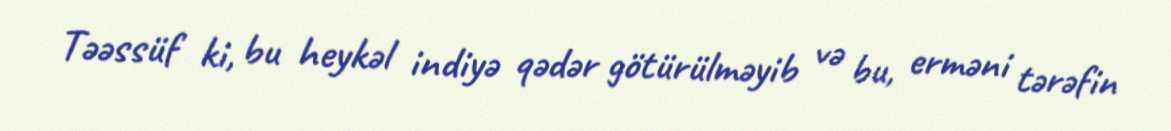
Təəssüf ki, bu heykəl indiyə qədər götürülməyib və bu, erməni tərəfin